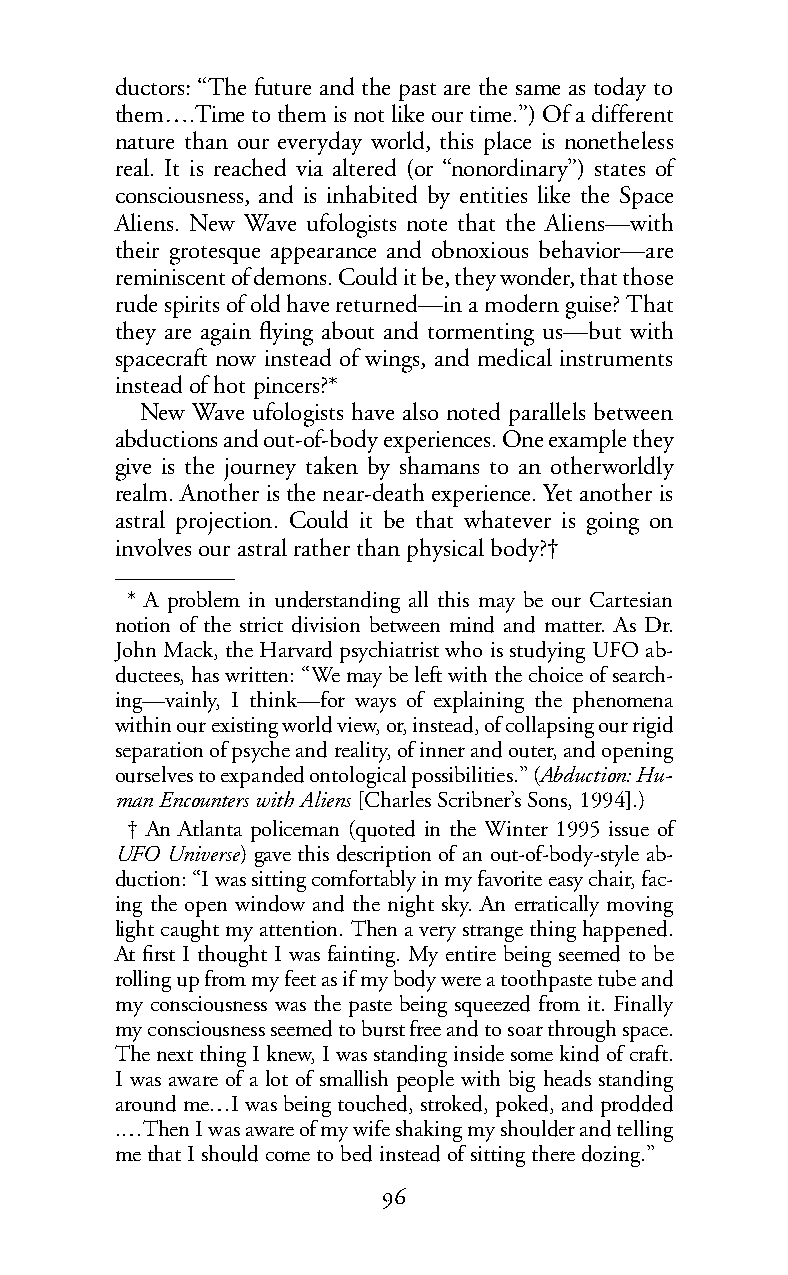
ductors: “The future and the past are the same as today to
 them….Time to them is not like our time.”) Of a different
 nature than our everyday world, this place is nonetheless
 real. It is reached via altered (or “nonordinary”) states of
 consciousness, and is inhabited by entities like the Space
 Aliens. New Wave ufologists note that the Aliens—with
 their grotesque appearance and obnoxious behavior—are
 reminiscent of demons. Could it be, they wonder, that those
 rude spirits of old have returned—in a modern guise? That
 they are again flying about and tormenting us—but with
 spacecraft now instead of wings, and medical instruments
 instead of hot pincers?*
 New Wave ufologists have also noted parallels between
 abductions and out-of-body experiences. One example they
 give is the journey taken by shamans to an otherworldly
 realm. Another is the near-death experience. Yet another is
 astral projection. Could it be that whatever is going on
 involves our astral rather than physical body?†
 * A problem in understanding all this may be our Cartesian
 notion of the strict division between mind and matter. As Dr.
 John Mack, the Harvard psychiatrist who is studying UFO ab-
 ductees, has written: “Wemay be left with thechoice of search-
 ing—vainly, I think—for ways of explaining the phenomena
 within our existing world view, or, instead, of collapsing our rigid
 separationofpsycheand reality, of inner and outer, and opening
 ourselves to expanded ontological possibilities.” (Abduction: Hu-
 man Encounters with Aliens [Charles Scribner’s Sons, 1994].)
 † An Atlanta policeman (quoted in the Winter 1995 issue of
 UFO Universe) gave this description of an out-of-body-style ab-
 duction: “I was sitting comfortably in my favorite easy chair, fac-
 ing the open window and the night sky. An erratically moving
 light caught my attention. Then a very strange thing happened.
 At first I thought I was fainting. My entire being seemed to be
 rolling up from my feet as if my body were a toothpaste tube and
 my consciousness was the paste being squeezed from it. Finally
 my consciousness seemed to burst free and to soar through space.
 The next thing I knew, I was standing inside some kind of craft.
 I was aware of a lot of smallish people with big heads standing
 aroundme…I was being touched, stroked, poked, and prodded
 .…Then I was aware of my wife shaking my shoulder and telling
 methat I should come to bed instead of sitting there dozing.”
 